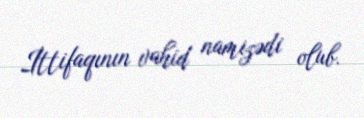
İttifaqının vahid namizədi olub.